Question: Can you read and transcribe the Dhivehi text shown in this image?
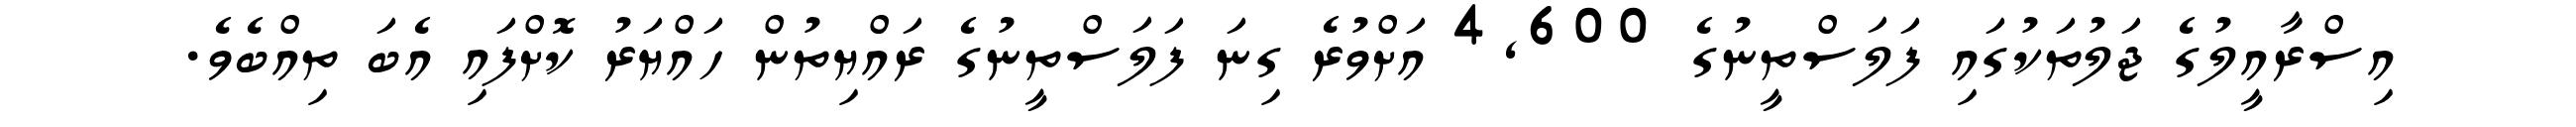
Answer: އިސްރާއީލުގެ ޖަލުތަކުގައި ފަލަސްތީނުގެ 4,600 އަށްވުރެ ގިނަ ފަލަސްތީނުގެ ރައްޔިތުން ހައްޔަރު ކޮށްފައި އެބަ ތިއްބެވެ.